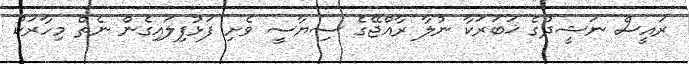
ރައީސް ނަޝީދުގެ ޚަބަރަކާ ނުލާ ރާއްޖޭގެ ސިޔާސީ ވެށި ފަޅުފިލައިގެން ނެތް މިހާރަކު